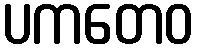
ပကတေဝ